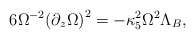
\begin{align*}6{\Omega^{-2}}{{({\partial_z}\Omega)}^2}=-{\kappa_5^2}{\Omega^2}{\Lambda_B},\end{align*}